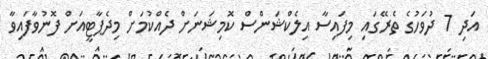
އަދި 7 ދުވަހުގެ ތެރޭގައި މިފައިސާ އިލެކްޝަންސް ކޮމިޝަނަށް ދެއްކުމަށް މިދެޕާޓީއަށް ފޮނުވާފައިވާ